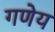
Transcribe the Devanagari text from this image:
गणेय